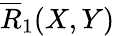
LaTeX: \overline{{R}}_{1}(X,Y)